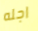
اجله